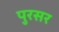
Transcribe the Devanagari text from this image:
पुरसर